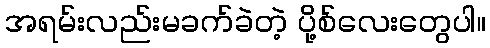
အရမ်းလည်းမခက်ခဲတဲ့ ပို့စ်လေးတွေပါ။